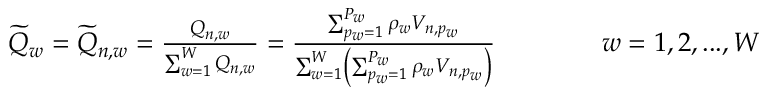
\begin{array} { r } { \widetilde { Q } _ { w } = \widetilde { Q } _ { n , w } = \frac { Q _ { n , w } } { \sum _ { w = 1 } ^ { W } Q _ { n , w } } = \frac { \sum _ { p _ { w } = 1 } ^ { P _ { w } } \rho _ { w } V _ { n , p _ { w } } } { \sum _ { w = 1 } ^ { W } \left( \sum _ { p _ { w } = 1 } ^ { P _ { w } } \rho _ { w } V _ { n , p _ { w } } \right) } \qquad \qquad w = 1 , 2 , . . . , W } \end{array}